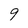
Character: 9